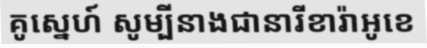
គូស្នេហ៍ សូម្បីនាងជានារីខារ៉ាអូខេ